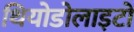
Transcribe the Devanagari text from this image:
थियोडोलाइटों